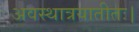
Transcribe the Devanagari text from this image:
अवस्थात्रयातीतः।